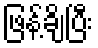
ဖြန့်ချိပြီး